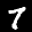
Label: 7